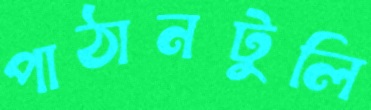
পাঠানটুলি